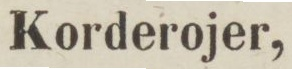
Korderojer,